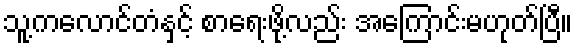
သူ့ကလောင်တံနှင့် စာရေးဖို့လည်း အကြောင်းမဟုတ်ပြီ။